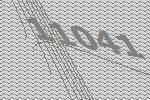
11041